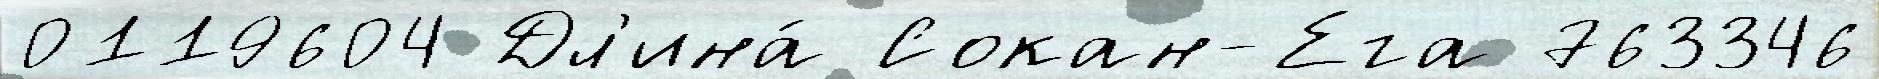
0119604 Дл'ина́ Сокан-Ега 763346